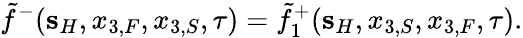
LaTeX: \tilde{f}^{-}({\mathbf s}_{H},x_{3,F},x_{3,S},\tau)=\tilde{f}_{1}^{+}({\mathbf s}_{H},x_{3,S},x_{3,F},\tau).